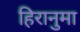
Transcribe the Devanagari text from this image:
हिरानुमा